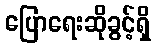
ပြောရေးဆိုခွင့်ရှိ